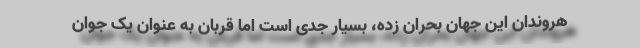
هروندان این جهانِ بحران زده، بسیار جدی است اما قربان به عنوان یک جوان